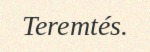
Teremtés.